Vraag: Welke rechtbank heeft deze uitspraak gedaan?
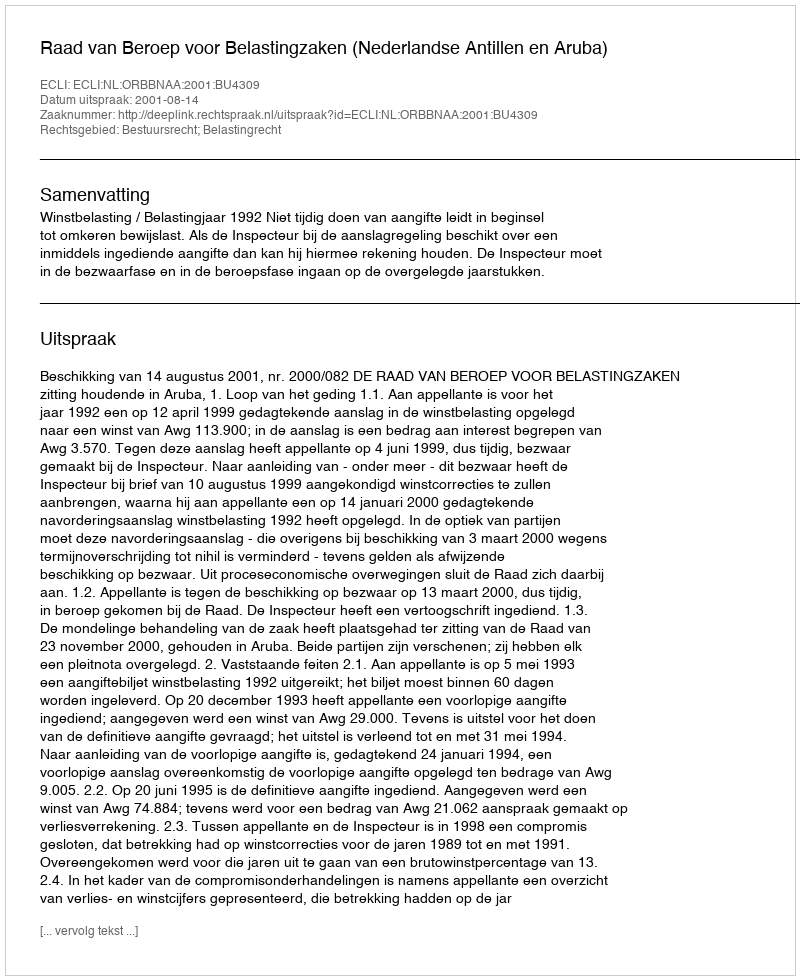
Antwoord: Raad van Beroep voor Belastingzaken (Nederlandse Antillen en Aruba)